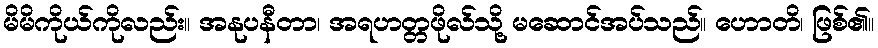
မိမိကိုယ်ကိုလည်း။ အနုပနီတာ၊ အရဟတ္တဖိုလ်သို့ မဆောင်အပ်သည်။ ဟောတိ၊ ဖြစ်၏။